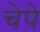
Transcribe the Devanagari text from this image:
चेपे